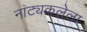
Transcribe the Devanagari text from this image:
नाट्यकलेला